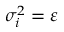
\sigma _ { i } ^ { 2 } = \varepsilon